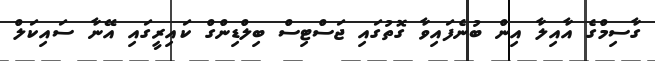
ގާސިމްގެ އާއިލާ އިން ބުނެފައިވާ ގޮތުގައި ޖަސްޓިސް ބިލްޑިންގް ކައިރީގައި އޭނާ ސައިކަލް